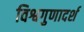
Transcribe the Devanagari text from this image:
विश्वगुणादर्श